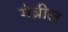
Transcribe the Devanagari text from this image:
गेब्रील